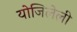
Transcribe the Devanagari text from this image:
योजिलेली